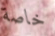
خاصة